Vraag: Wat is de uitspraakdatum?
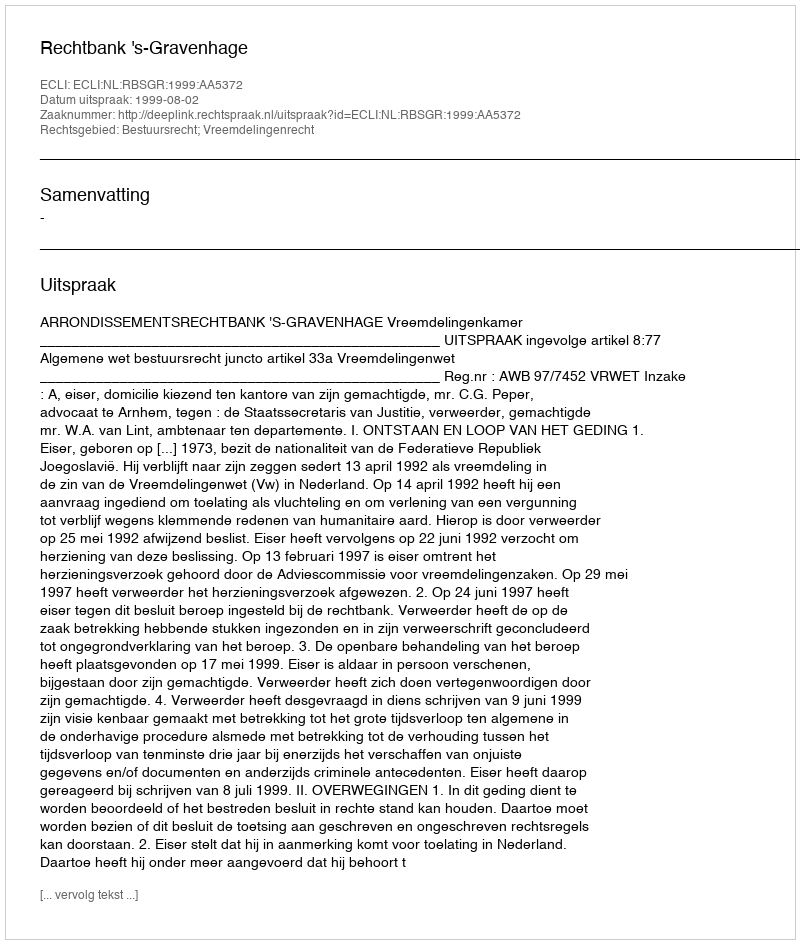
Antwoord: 1999-08-02